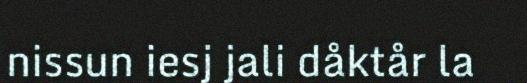
nissun iesj jali dåktår la